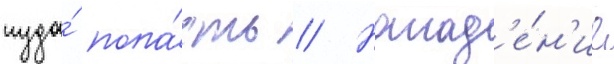
туда́ попа́сть // Напад'е́н'ие